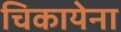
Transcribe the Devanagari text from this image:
चिकायेना